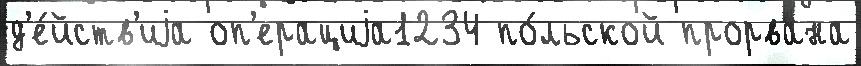
д'е́йств'иjа оп'ерациjа1234 по́льской прорвана